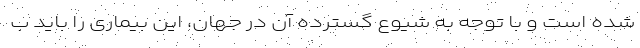
شده است و با توجه به شیوع گسترده آن در جهان، این بیماری را باید ب